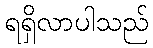
ရရှိလာပါသည်